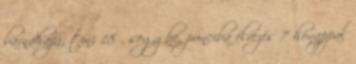
barnahajú, tini 18 , seggbe, punciba élvezés 7 hónappal